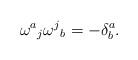
LaTeX: \begin{align*}{\omega^a}_j {\omega^j}_b = - \delta^a_b.\end{align*}